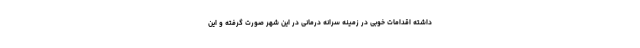
داشته اقدامات خوبی در زمینه سرانه درمانی در این شهر صورت گرفته و این